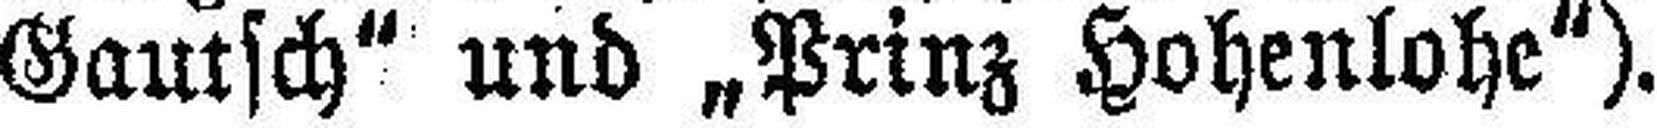
Gautsch" und „Prinz Hohenlohe").